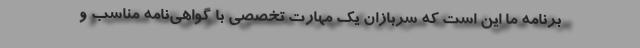
برنامه ما این است که سربازان یک مهارت تخصصی با گواهی‌نامه مناسب و